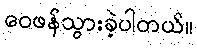
ဝေဖန်သွားခဲ့ပါတယ်။